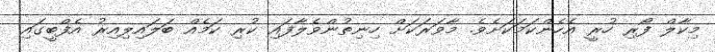
މިކާލް ފޯރި ހުރީ އެހެންކަމަކަށެވެ. މާވަރަކަށް ހިނިތުންވެލާފައި ކުރި ކަމެއް ބަލައިލިއިރު އެފްބީގައި